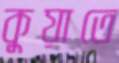
কুয়াতে